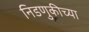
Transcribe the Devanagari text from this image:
निडणुकीच्या